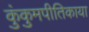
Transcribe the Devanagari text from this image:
कुंकुमपीतिकाया